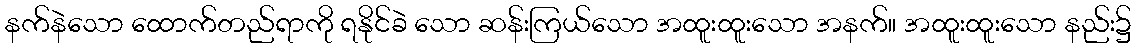
နက်နဲသော ထောက်တည်ရာကို ရနိုင်ခဲ သော ဆန်းကြယ်သော အထူးထူးသော အနက်။ အထူးထူးသော နည်း၌